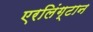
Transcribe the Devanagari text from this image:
एरलिंग्टान